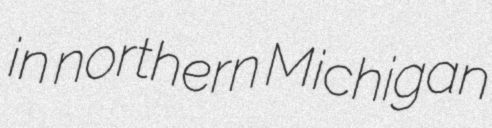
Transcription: in northern Michigan